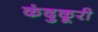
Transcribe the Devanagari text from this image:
कंदुकूरी